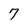
Character: 7